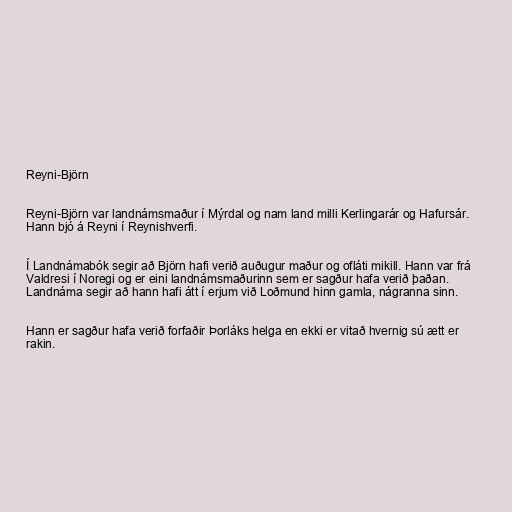
Reyni-Björn

Reyni-Björn var landnámsmaður í Mýrdal og nam land milli Kerlingarár og Hafursár.
Hann bjó á Reyni í Reynishverfi.

Í Landnámabók segir að Björn hafi verið auðugur maður og ofláti mikill. Hann var frá
Valdresi í Noregi og er eini landnámsmaðurinn sem er sagður hafa verið þaðan.
Landnáma segir að hann hafi átt í erjum við Loðmund hinn gamla, nágranna sinn.

Hann er sagður hafa verið forfaðir Þorláks helga en ekki er vitað hvernig sú ætt er
rakin.